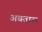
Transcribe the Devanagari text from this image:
अवतारा